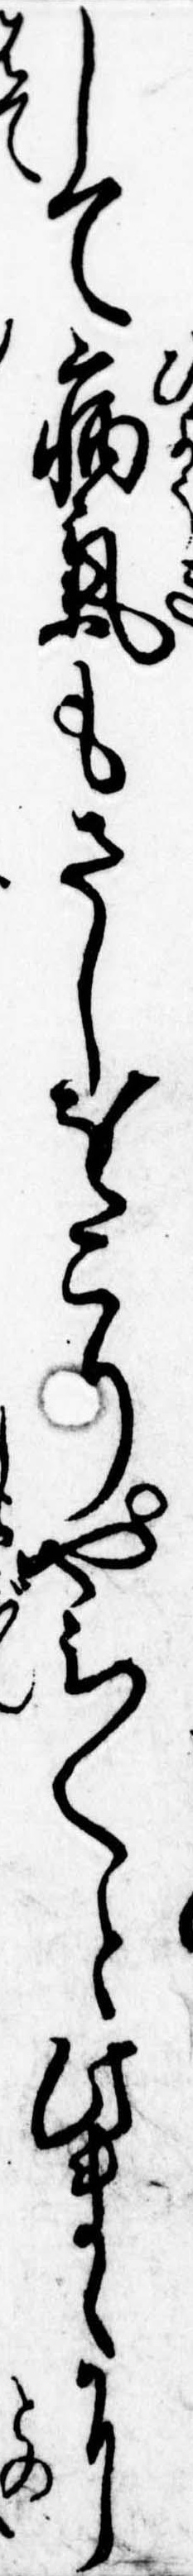
して病気もさしをこりやみ〱と此まゝに